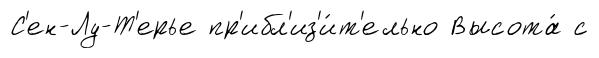
С'ен-Лу-Т'ерье пр'ибл'из'и́т'ельно Высота́ с